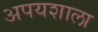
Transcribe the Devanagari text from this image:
अपयशाला